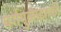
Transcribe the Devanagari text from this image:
वर्गमुळाइतकी